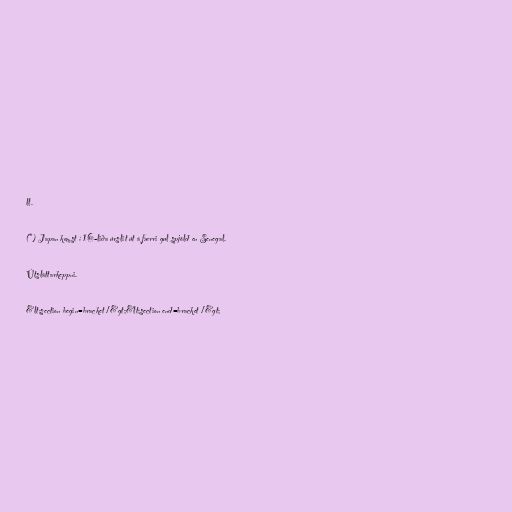
ll.

(*) Japan komst í 16-liða úrslit út á færri gul spjöld en Senegal.

Útsláttarkeppni.

&lt;section begin=bracket /&gt;&lt;section end=bracket /&gt;